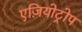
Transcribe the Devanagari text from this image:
एज़ियोट्रोप